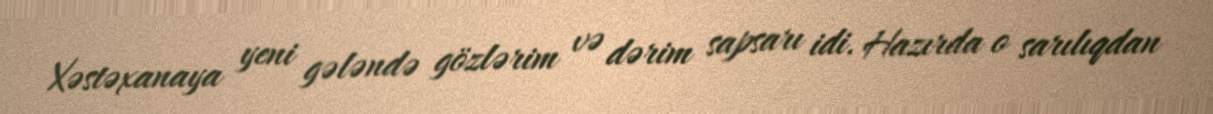
Xəstəxanaya yeni gələndə gözlərim və dərim sapsarı idi. Hazırda o sarılıqdan